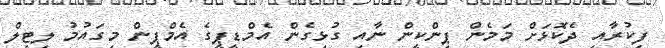
ފިކުރާއި ދެކޮޅަށް މަމެން ޕިންކީން ނާއި ގުޅިގެން އެމްޑީޕީގެ އެމްޕީން މިގައުމު ލިޓިލް